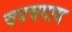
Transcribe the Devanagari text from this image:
चपचपाय